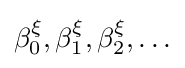
\beta _{0}^{\xi },\beta _{1}^{\xi },\beta _{2}^{\xi },\ldots